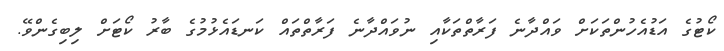
ކޯޓުގެ އަޑުއެހުންތަކަށް ވައްދާނެ ފަރާތްތަކާއި ނުވައްދާނެ ފަރާތްތައް ކަނޑައެޅުމުގެ ބާރު ކޯޓަށް ލިބިގެންވޭ.